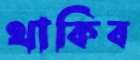
থাকিব